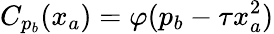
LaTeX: C_{p_{b}}(x_{a})=\varphi(p_{b}-\tau x_{a}^{2})